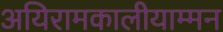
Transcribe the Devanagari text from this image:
अयिरामकालीयाम्मन